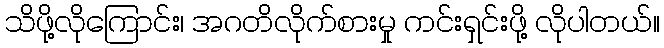
သိဖို့လိုကြောင်း၊ အဂတိလိုက်စားမှု ကင်းရှင်းဖို့ လိုပါတယ်။